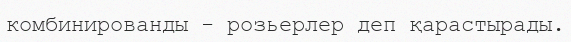
комбинированды - розьерлер деп қарастырады.